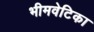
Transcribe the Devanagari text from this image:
भीमवेटिका